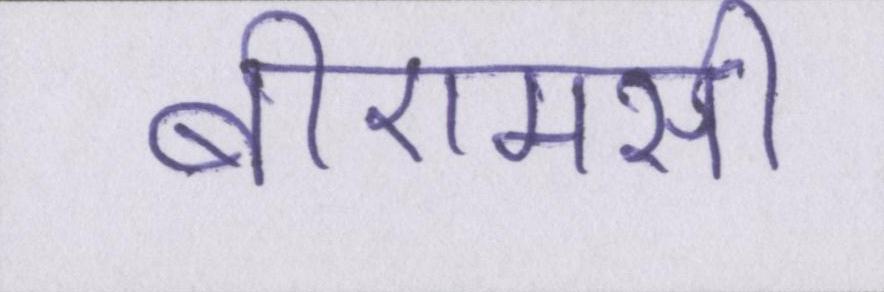
बीएमसी